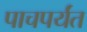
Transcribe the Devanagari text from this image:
पाचपर्यंत